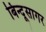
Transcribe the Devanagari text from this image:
बिन्दूसागर